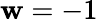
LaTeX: \mathbf{w}=-1